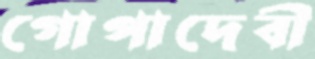
গোপাদেবী